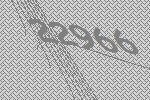
22966